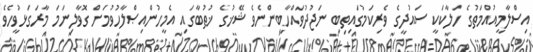
އިސްލާމީއުއްމަތުގެ ހަލާކަކީ ސައުދީގެ ވެރިކަމުގައިތިބި ނަޖުދުވައްހާބީންނެވެ ޝޭޚުގެ ޚުޠުބާގައި އެމީހުންއިޞްލާހުވުމަށް ގޮވާލިނަމަ މާރަގަޅުވީހެވެ